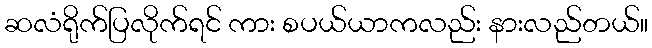
ဆလံရိုက်ပြလိုက်ရင် ကား စပယ်ယာကလည်း နားလည်တယ်။